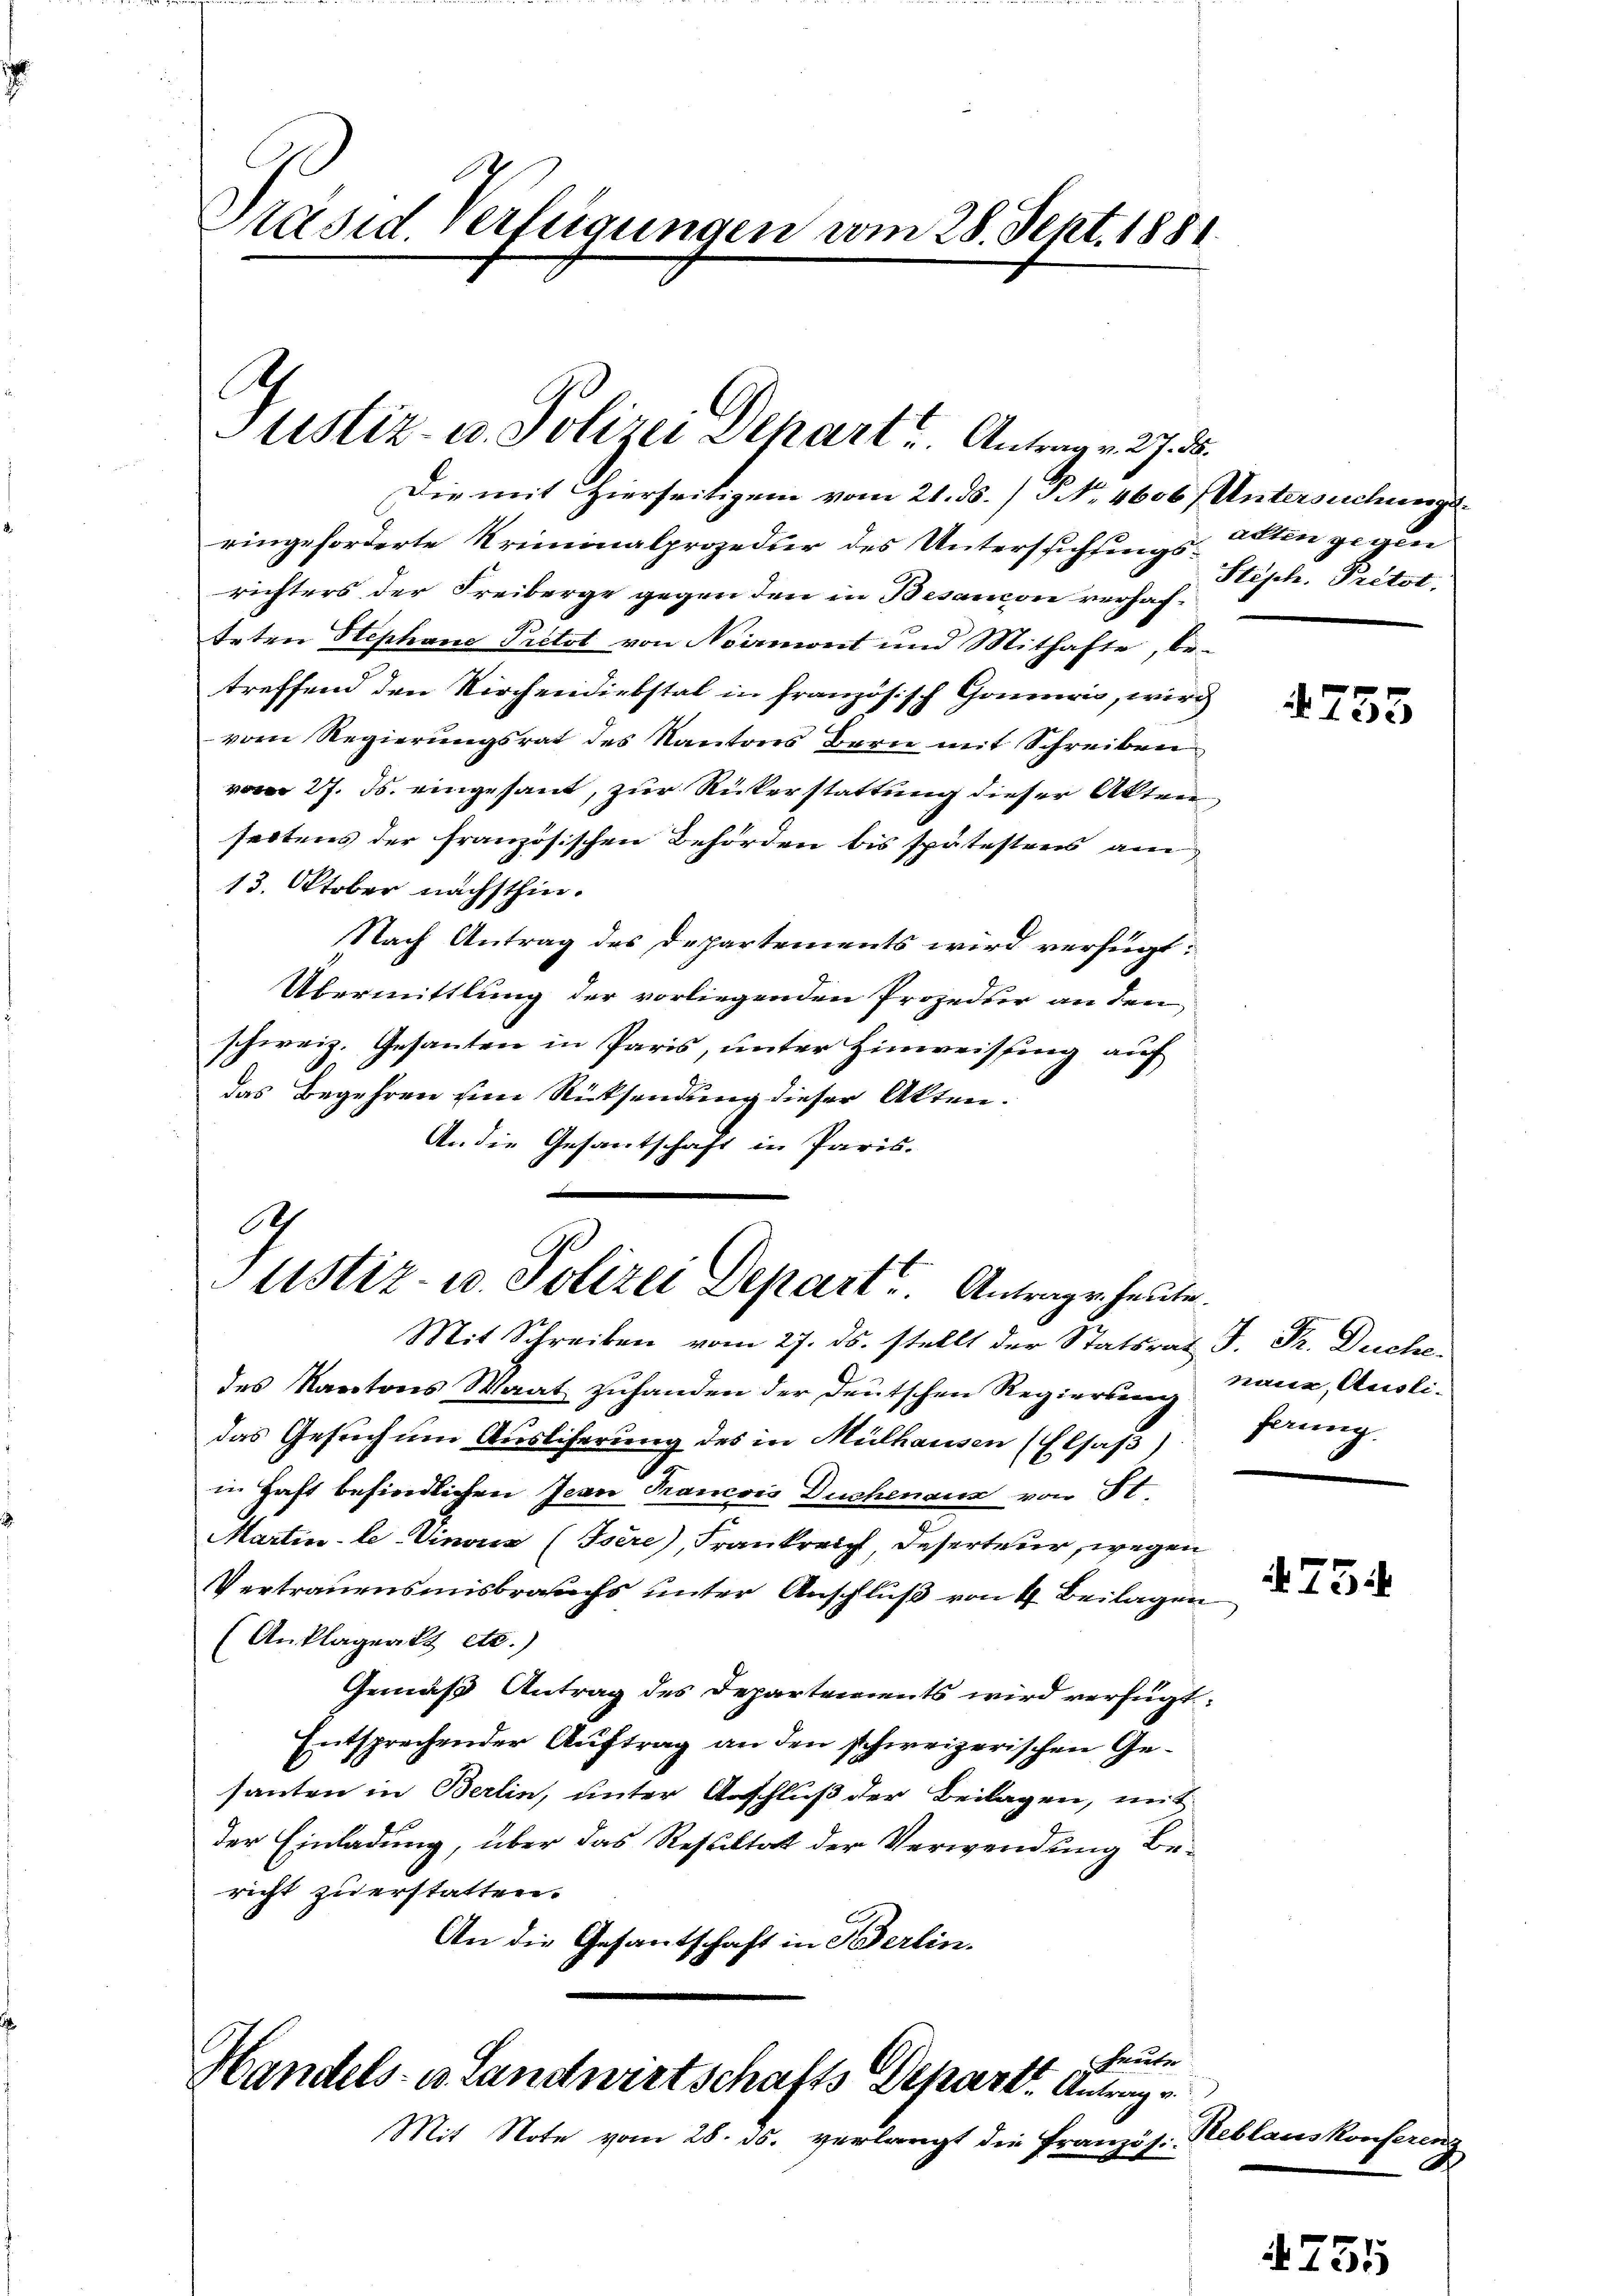
Präsid. Verfügungen vom 28. Sept. 1881.

Justiz- u. Polizei Depart Antrag v. 27. 8.

Die mit Hierseitigem vom 21. ds. / No. 4606 (Untersuchung
ringeforderte Kriminalprozedur des Unterstichsungs-Acten ge
richters der Freiberge gegen den in Besancon verhafteten Stephane Pretot von Noirmont und Mithafte, be-
treffend den Kirchendiebstal in französisch Gomuri, wird
vom Regierungsrat des Kantons Bern mit Schreiben
vom 27. Js. eingesant, zur Rükerstattung dieser Akten
seitens der französischen Behörden bis spätesters am
13. Oktober nächsthin.
Nach Antrag des Departements wird verfügt:
Übermittlung der vorliegenden Prozedur an den
schweiz. Gesanten in Paris, unter Hinweisung auf
das Begehren um Rücksendung dieser Akten.
An die Gesantschaft in Paris.
.

G
C
Justiz- u. Polizei Depart. Antrage heute.

Mit Schreiben vom 27. ds. stellt der Statsrat J. Dr. Duche
des Kantons Waat zuhanden der deutschen Regierung Naue, Ausli-
das Gesuch um Ausliferung des in Mülhausen (Elsaß)
in Haft befindlichen Jean Francois Duchenaus von St.
Martin-le Vinos (Isére), Frankreich Deserteur, wegen
Vertrauensmisbrauchs unter Anschluß von 4. Beilagen
(Anklagen et etc.)
Gemäß Antrag des Departements wird verfügt:
Entsprechender Auftrag an den schweizerischen Gesanten in Berlin, unter Anschluß der Beilagen, mit
der Einladung, über das Resultat der Verwendung bericht zu erstatten.
An die Gesantschaft in Berlin.

Freute
Handels- u. Landwirtschafts Depart. Antrage

Mit Note vom 28. ds. verlangt die Französi-

Stisch. Pector.

4755

ferung.

754

Reblauskonfere

17.